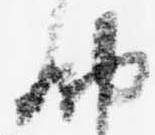
納